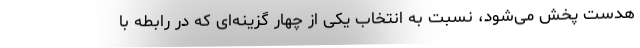
هدست پخش می‌شود، نسبت به انتخاب یکی از چهار گزینه‌ای که در رابطه با